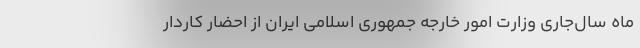
ماه سال‌جاری وزارت امور خارجه جمهوری اسلامی ایران از احضار کاردار